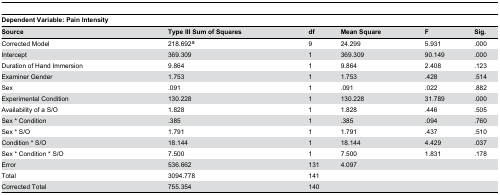
<table><thead><tr><td colspan="6"><b>Dependent Variable: Pain Intensity </b></td></tr><tr><td><b>Source</b></td><td><b>Type III Sum of Squares</b></td><td><b>df</b></td><td><b>Mean Square</b></td><td><b>F</b></td><td><b>Sig.</b></td></tr></thead><tbody><tr><td>Corrected Model</td><td>218.692<sup>a</sup></td><td>9</td><td>24.299</td><td>5.931</td><td>.000</td></tr><tr><td>Intercept</td><td>369.309</td><td>1</td><td>369.309</td><td>90.149</td><td>.000</td></tr><tr><td>Duration of Hand Immersion</td><td>9.864</td><td>1</td><td>9.864</td><td>2.408</td><td>.123</td></tr><tr><td>Examiner Gender</td><td>1.753</td><td>1</td><td>1.753</td><td>.428</td><td>.514</td></tr><tr><td>Sex</td><td>.091</td><td>1</td><td>.091</td><td>.022</td><td>.882</td></tr><tr><td>Experimental Condition</td><td>130.228</td><td>1</td><td>130.228</td><td>31.789</td><td>.000</td></tr><tr><td>Availability of a S/O</td><td>1.828</td><td>1</td><td>1.828</td><td>.446</td><td>.505</td></tr><tr><td>Sex * Condition</td><td>.385</td><td>1</td><td>.385</td><td>.094</td><td>.760</td></tr><tr><td>Sex * S/O</td><td>1.791</td><td>1</td><td>1.791</td><td>.437</td><td>.510</td></tr><tr><td>Condition * S/O</td><td>18.144</td><td>1</td><td>18.144</td><td>4.429</td><td>.037</td></tr><tr><td>Sex * Condition * S/O</td><td>7.500</td><td>1</td><td>7.500</td><td>1.831</td><td>.178</td></tr><tr><td>Error</td><td>536.662</td><td>131</td><td>4.097</td><td></td><td></td></tr><tr><td>Total</td><td>3094.778</td><td>141</td><td></td><td></td><td></td></tr><tr><td>Corrected Total</td><td>755.354</td><td>140</td><td></td><td></td><td></td></tr></tbody></table>